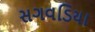
સગવડિયા